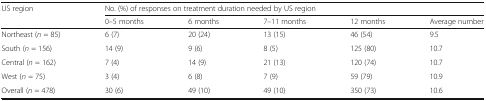
<table><thead><tr><td><b>US region</b></td><td colspan="5"><b>No. (%) of responses on treatment duration needed by US region</b></td></tr><tr><td></td><td><b>0–5 months</b></td><td><b>6 months</b></td><td><b>7–11 months</b></td><td><b>12 months</b></td><td><b>Average number</b></td></tr></thead><tbody><tr><td>Northeast (<i>n</i> = 85)</td><td>6 (7)</td><td>20 (24)</td><td>13 (15)</td><td>46 (54)</td><td>9.5</td></tr><tr><td>South (<i>n</i> = 156)</td><td>14 (9)</td><td>9 (6)</td><td>8 (5)</td><td>125 (80)</td><td>10.7</td></tr><tr><td>Central (<i>n</i> = 162)</td><td>7 (4)</td><td>14 (9)</td><td>21 (13)</td><td>120 (74)</td><td>10.7</td></tr><tr><td>West (<i>n</i> = 75)</td><td>3 (4)</td><td>6 (8)</td><td>7 (9)</td><td>59 (79)</td><td>10.9</td></tr><tr><td>Overall (<i>n</i> = 478)</td><td>30 (6)</td><td>49 (10)</td><td>49 (10)</td><td>350 (73)</td><td>10.6</td></tr></tbody></table>